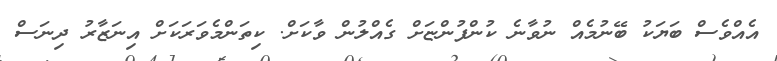
އެއްވެސް ބަޔަކު ބޭނުމެއް ނުވާނެ ކުންފުންޏަށް ގެއްލުން ވާކަށް. ކިތަންމެވަރަކަށް އިނަޒާރު ދިނަސް